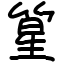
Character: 篂